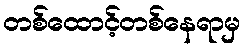
တစ်ထောင့်တစ်နေရာမှ